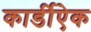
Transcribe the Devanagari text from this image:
कार्डीऐक